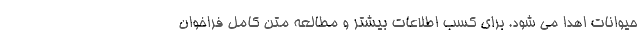
حیوانات اهدا می شود. برای کسب اطلاعات بیشتر و مطالعه متن کامل فراخوان